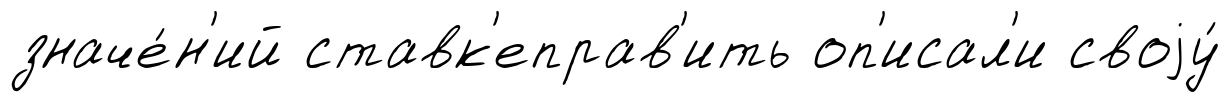
значе́н'ий ставк'еправ'ить оп'исал'и своjу́